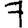
Digit: 7